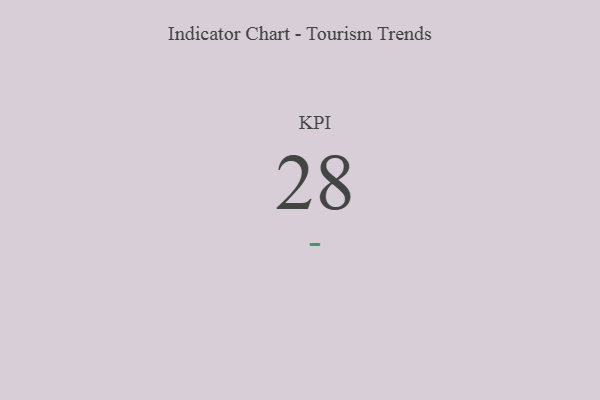
{"axis": {"x": "KPI", "y": "Value"}, "legend": [""], "data": [{"x": "KPI", "y": 28, "type": ""}]}